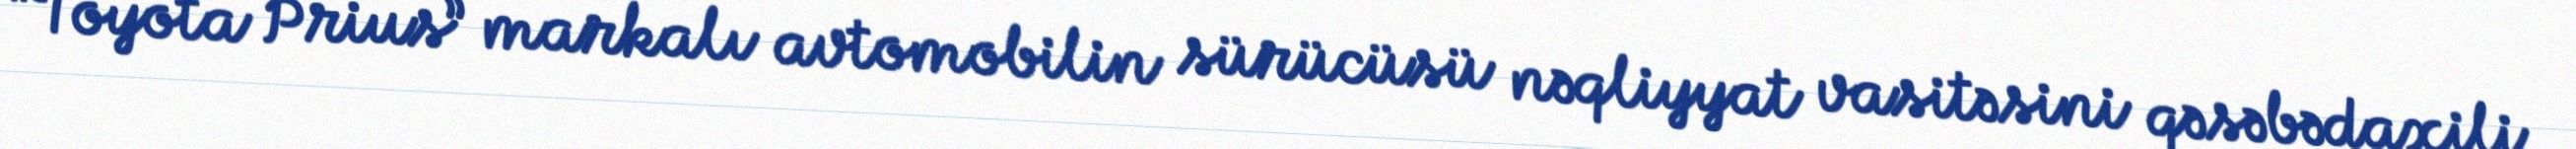
“Toyota Prius” markalı avtomobilin sürücüsü nəqliyyat vasitəsini qəsəbədaxili